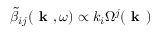
\tilde { \beta } _ { i j } ( \textbf { k } , \omega ) \propto k _ { i } \Omega ^ { j } ( \textbf { k } )